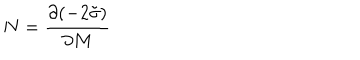
LaTeX: N = \frac { \partial ( - 2 \tilde { \sigma } ) } { \partial M }